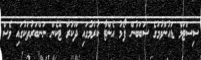
ސިސްޓަމް ޑައުންވުމުގެ ސަބަބުން ފޯމު އެންޓާ ކުރުމުގައި ދޫކުރާ ޓޮކެން ނަންބަރުތަކުގައި ވެސް